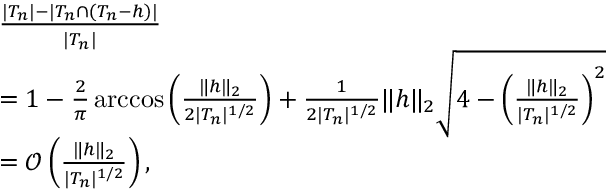
\begin{array} { r l } & { \frac { | T _ { n } | - | T _ { n } \cap ( T _ { n } - h ) | } { | T _ { n } | } } \\ & { = 1 - \frac { 2 } { \pi } \operatorname { a r c c o s } \left( \frac { \| h \| _ { 2 } } { 2 | T _ { n } | ^ { 1 / 2 } } \right) + \frac { 1 } { 2 | T _ { n } | ^ { 1 / 2 } } \| h \| _ { 2 } \sqrt { 4 - \left( \frac { \| h \| _ { 2 } } { | T _ { n } | ^ { 1 / 2 } } \right) ^ { 2 } } } \\ & { = \mathcal { O } \left( \frac { \| h \| _ { 2 } } { | T _ { n } | ^ { 1 / 2 } } \right) , } \end{array}